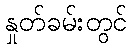
နှုတ်ခမ်းတွင်